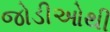
જોડીઓથી